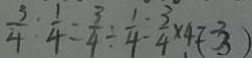
\frac { 3 } { 4 } : \frac { 1 } { 4 } = \frac { 3 } { 4 } \div \frac { 1 } { 4 } - \frac { 3 } { 4 } \times 4 = 3 ( 3 )